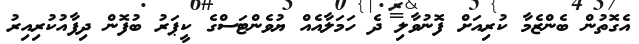
އެގޮތުން ބެންޒެމާ ކުރިއަށް ފޮނުވާލި ދެ ހަމަލާއެއް ޔުވެންޓަސްގެ ކީޕަރު ބުފޮން ދިފާއުކުރިއިރު